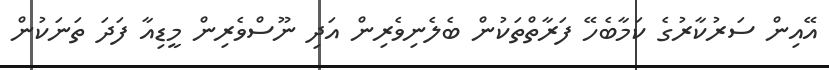
އޭއިން ސަރުކާރުގެ ކަމާބެހޭ ފަރާތްތަކުން ބެލެނިވެރިން އަދި ނޫސްވެރިން މީޑިއާ ފަދަ ތަނަކުން